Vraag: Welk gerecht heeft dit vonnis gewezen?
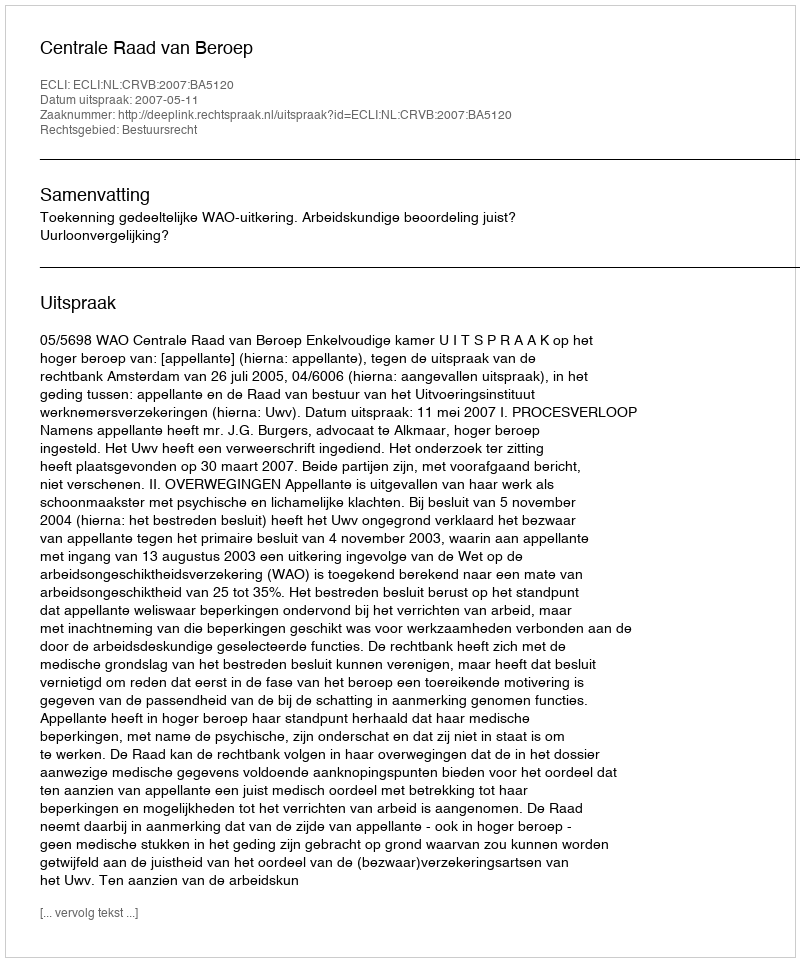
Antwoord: Centrale Raad van Beroep